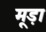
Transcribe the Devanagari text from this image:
मूड़ा